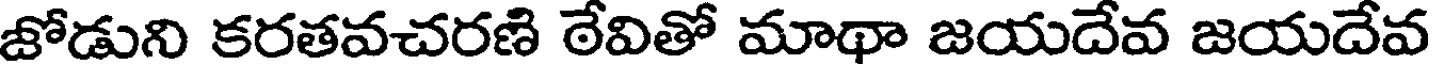
జోడుని కరతవచరణి ఠేవితో మాథా జయదేవ జయదేవ